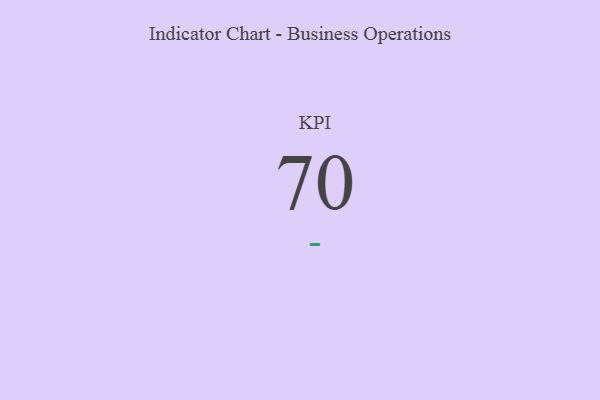
{"axis": {"x": "KPI", "y": "Value"}, "legend": [""], "data": [{"x": "KPI", "y": 70, "type": ""}]}